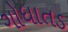
ગોધાતડ